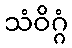
သံဝိဂ္ဂံ